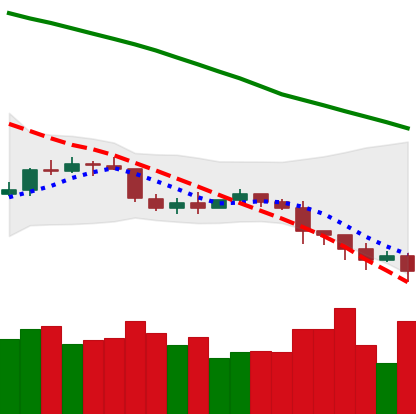
Ticker: ETC-USD
Chart end date: 2022-01-10
Forward return: 15.491%
Label: up_7plus